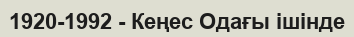
1920-1992 - Кеңес Одағы ішінде